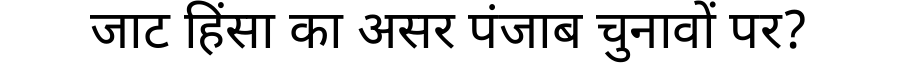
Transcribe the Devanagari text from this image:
जाट हिंसा का असर पंजाब चुनावों पर?